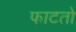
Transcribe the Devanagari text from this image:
फाटतो